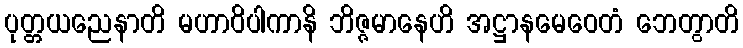
ပုတ္တယညေနာတိ မဟာဝိပါကာနိ ဘိဇ္ဇမာနေဟိ အဋ္ဌာနမေဝေတံ ဘေတွာတိ